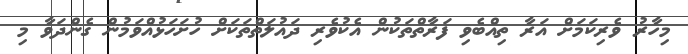
މިހާރު ވެރިކަމަށް އަރާ ތިއްބެވި ފަރާތްތަކުން އެކުވެރި ދައުލަތްތަކަށް ހުށަހަޅުއްވަމުން ގެންދަވާ މި